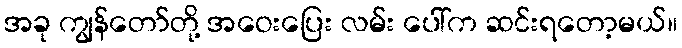
အခု ကျွန်တော်တို့ အဝေးပြေး လမ်း ပေါ်က ဆင်းရတော့မယ်။